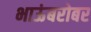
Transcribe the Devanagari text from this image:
भाऊंबरोबर